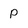
Character: p